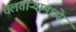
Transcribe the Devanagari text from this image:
चलताऱ्यामध्ये